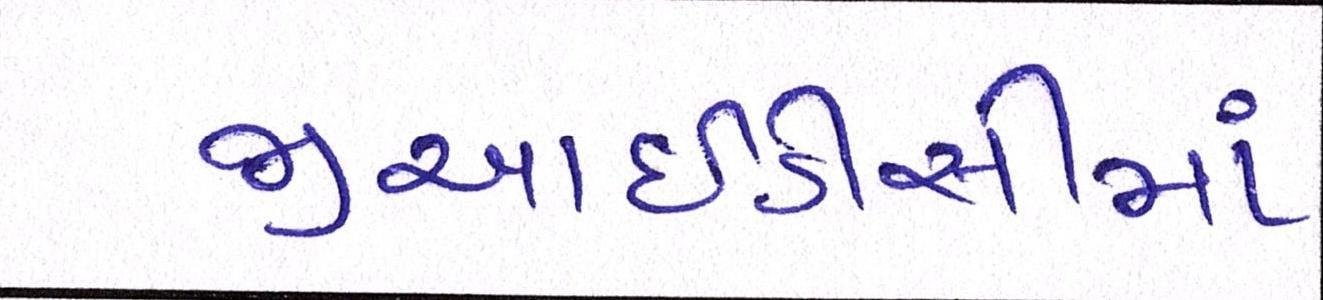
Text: જીઆઇડીસીમાં